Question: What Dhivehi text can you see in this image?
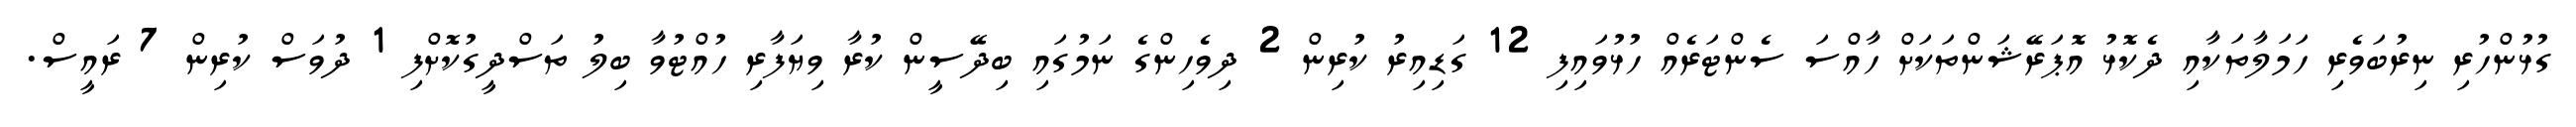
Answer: ގުޅުންހުރި ނިރުބަވެރި ހަމަލާތަކާއި ދެކޮޅު އޮޕަރޭޝަންތަކަށް ހާއްސަ ސެންޓަރެއް ހުޅުވައިފި 12 ގަޑިއިރު ކުރިން 2 ދިވެހިންގެ ނަމުގައި ބިދޭސީން ކުރާ ވިޔަފާރި ހުއްޓުވާ ބިލު ތަސްދީގުކޮށްފި 1 ދުވަސް ކުރިން 7 ރައީސް.